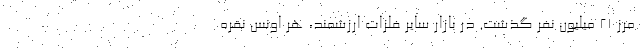
مرز ۲۱ میلیون نفر گذشت. در بازار سایر فلزات ارزشمند، هر اونس نقره